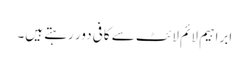
ابراہیم لائم لائٹ سے کافی دور رہتے ہیں۔